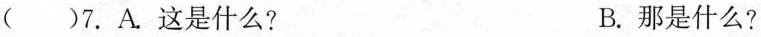
()7.A.这是什么? B.那是什么?